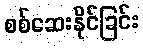
စစ်ဆေးနိုင်ခြင်း